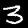
Digit: 3